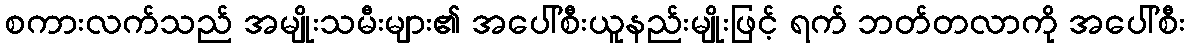
စကားလက်သည် အမျိုးသမီးများ၏ အပေါ်စီးယူနည်းမျိုးဖြင့် ရက် ဘတ်တလာကို အပေါ်စီး